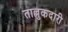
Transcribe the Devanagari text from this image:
ताल्लुकदारी